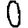
Digit: 0